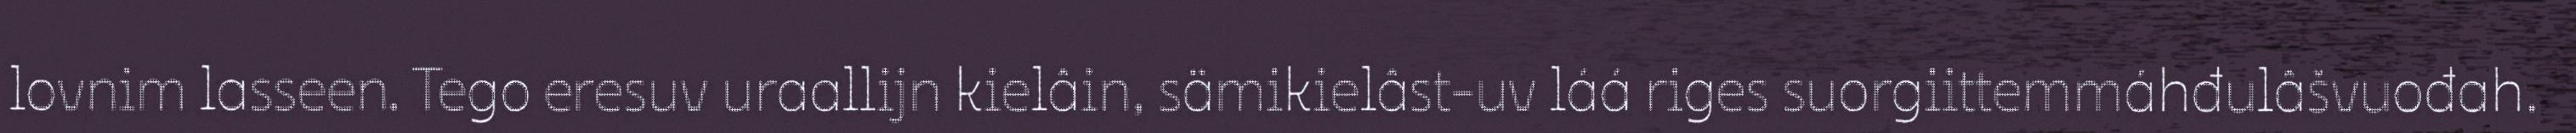
lovnim lasseen. Tego eresuv uraallijn kielâin, sämikielâst-uv láá riges suorgiittemmáhđulâšvuođah.